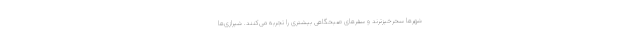
شهرها سحرخیزترند و سفرهای صبحگاهی بیشتری را تجربه می‌کنند. شیرازی‌ها